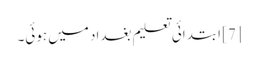
[7] ابتدائی تعلیم بغداد میں ہوئی۔